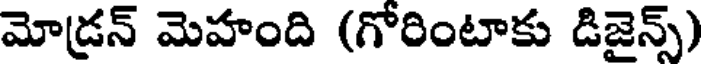
మోడ్రన్ మెహంది (గోరింటాకు డిజైన్స్)